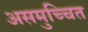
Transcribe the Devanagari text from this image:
असमुच्चित